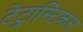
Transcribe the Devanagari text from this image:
टेट्रास्टिकस